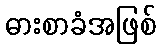
ဓားစာခံအဖြစ်